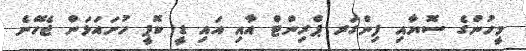
މީހުންގެ ސޮޔާއި ފިންގަރ ޕްރިންޓް އާއި އައި ޑީ ކޮޕީ ހުށައަޅަން ޖެހޭނެ